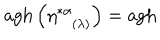
LaTeX: \mathrm { a g h } \left( \eta _ { ( \lambda ) } ^ { * \alpha } \right) = \mathrm { a g h }